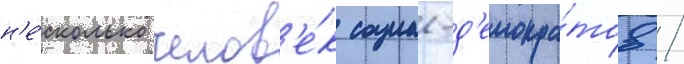
н'е́сколько челов'е́к социал-д'емокра́тов /